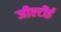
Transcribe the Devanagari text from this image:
जीएटीई